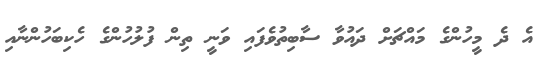
އެ ދެ މީހުންގެ މައްޗަށް ދައުވާ ސާބިތުވެފައި ވަނީ ތިން ފުލުހުންގެ ހެކިބަހުންނާއި